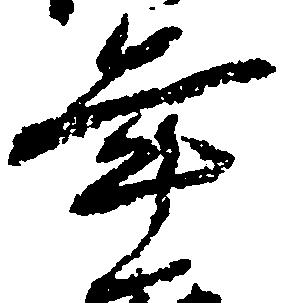
年